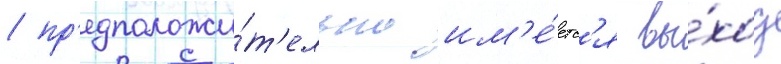
/ пр'едположи́т'ельно им'е́етс'я вы́ход